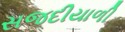
સજદીયાળી